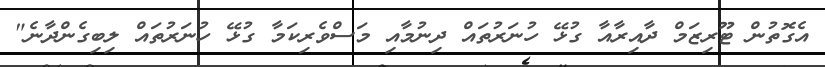
އެގޮތުން ޓޫރިޒަމް ދާއިރާއާ ގުޅޭ ހުނަރުތައް ދިނުމާއި މަސްވެރިކަމާ ގުޅޭ ހުނަރުތައް ލިބިގެންދާނެ"